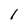
Character: l